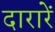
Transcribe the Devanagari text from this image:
दारारें